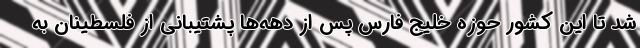
شد تا این کشور حوزه خلیج فارس پس از دهه‌ها پشتیبانی از فلسطینان به